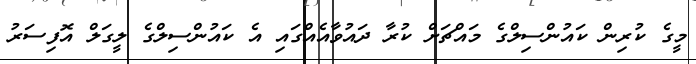
މީގެ ކުރިން ކައުންސިލްގެ މައްޗަށް ކުރާ ދައުވާއެއްގައި އެ ކައުންސިލްގެ ލީގަލް އޮފިސަރު